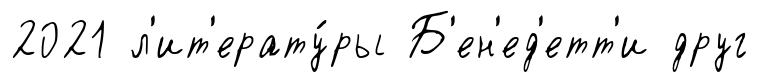
2021 л'ит'ерату́ры Б'ен'ед'етт'и друг